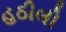
હઠીલી